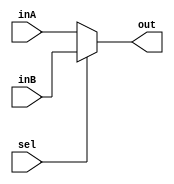
`timescale 1ns / 1ps

////////////////////////////////////////////////////////////////////////////////
// ECE369 - Computer Architecture
// 
// Module - Mux32Bit2To1.v
// Description - Performs signal multiplexing between 2 32-Bit words.
////////////////////////////////////////////////////////////////////////////////

module Mux32Bit2To1(out, inA, inB, sel);

    output reg [31:0] out;
    
    input [31:0] inA;
    input [31:0] inB;
    input sel;

    always @(*) begin
        if (sel == 1'b0) begin
            out = inA; // When sel is 0, select input A
        end else begin
            out = inB; // When sel is 1, select input B
        end
    end 

endmodule